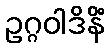
ဥဂ္ဂဝါဒိနိံ